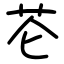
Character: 芲